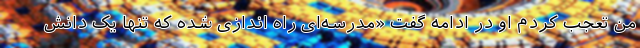
من تعجب کردم او در ادامه گفت «مدرسه‌ای راه اندازی شده که تنها یک دانش